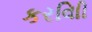
કરવાિી